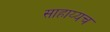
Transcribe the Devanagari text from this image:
साहाय्यच